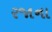
રજાના